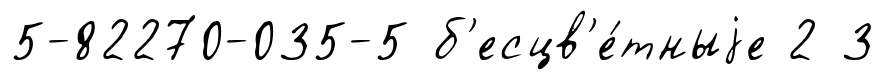
5-82270-035-5 б'есцв'е́тныjе 2 3